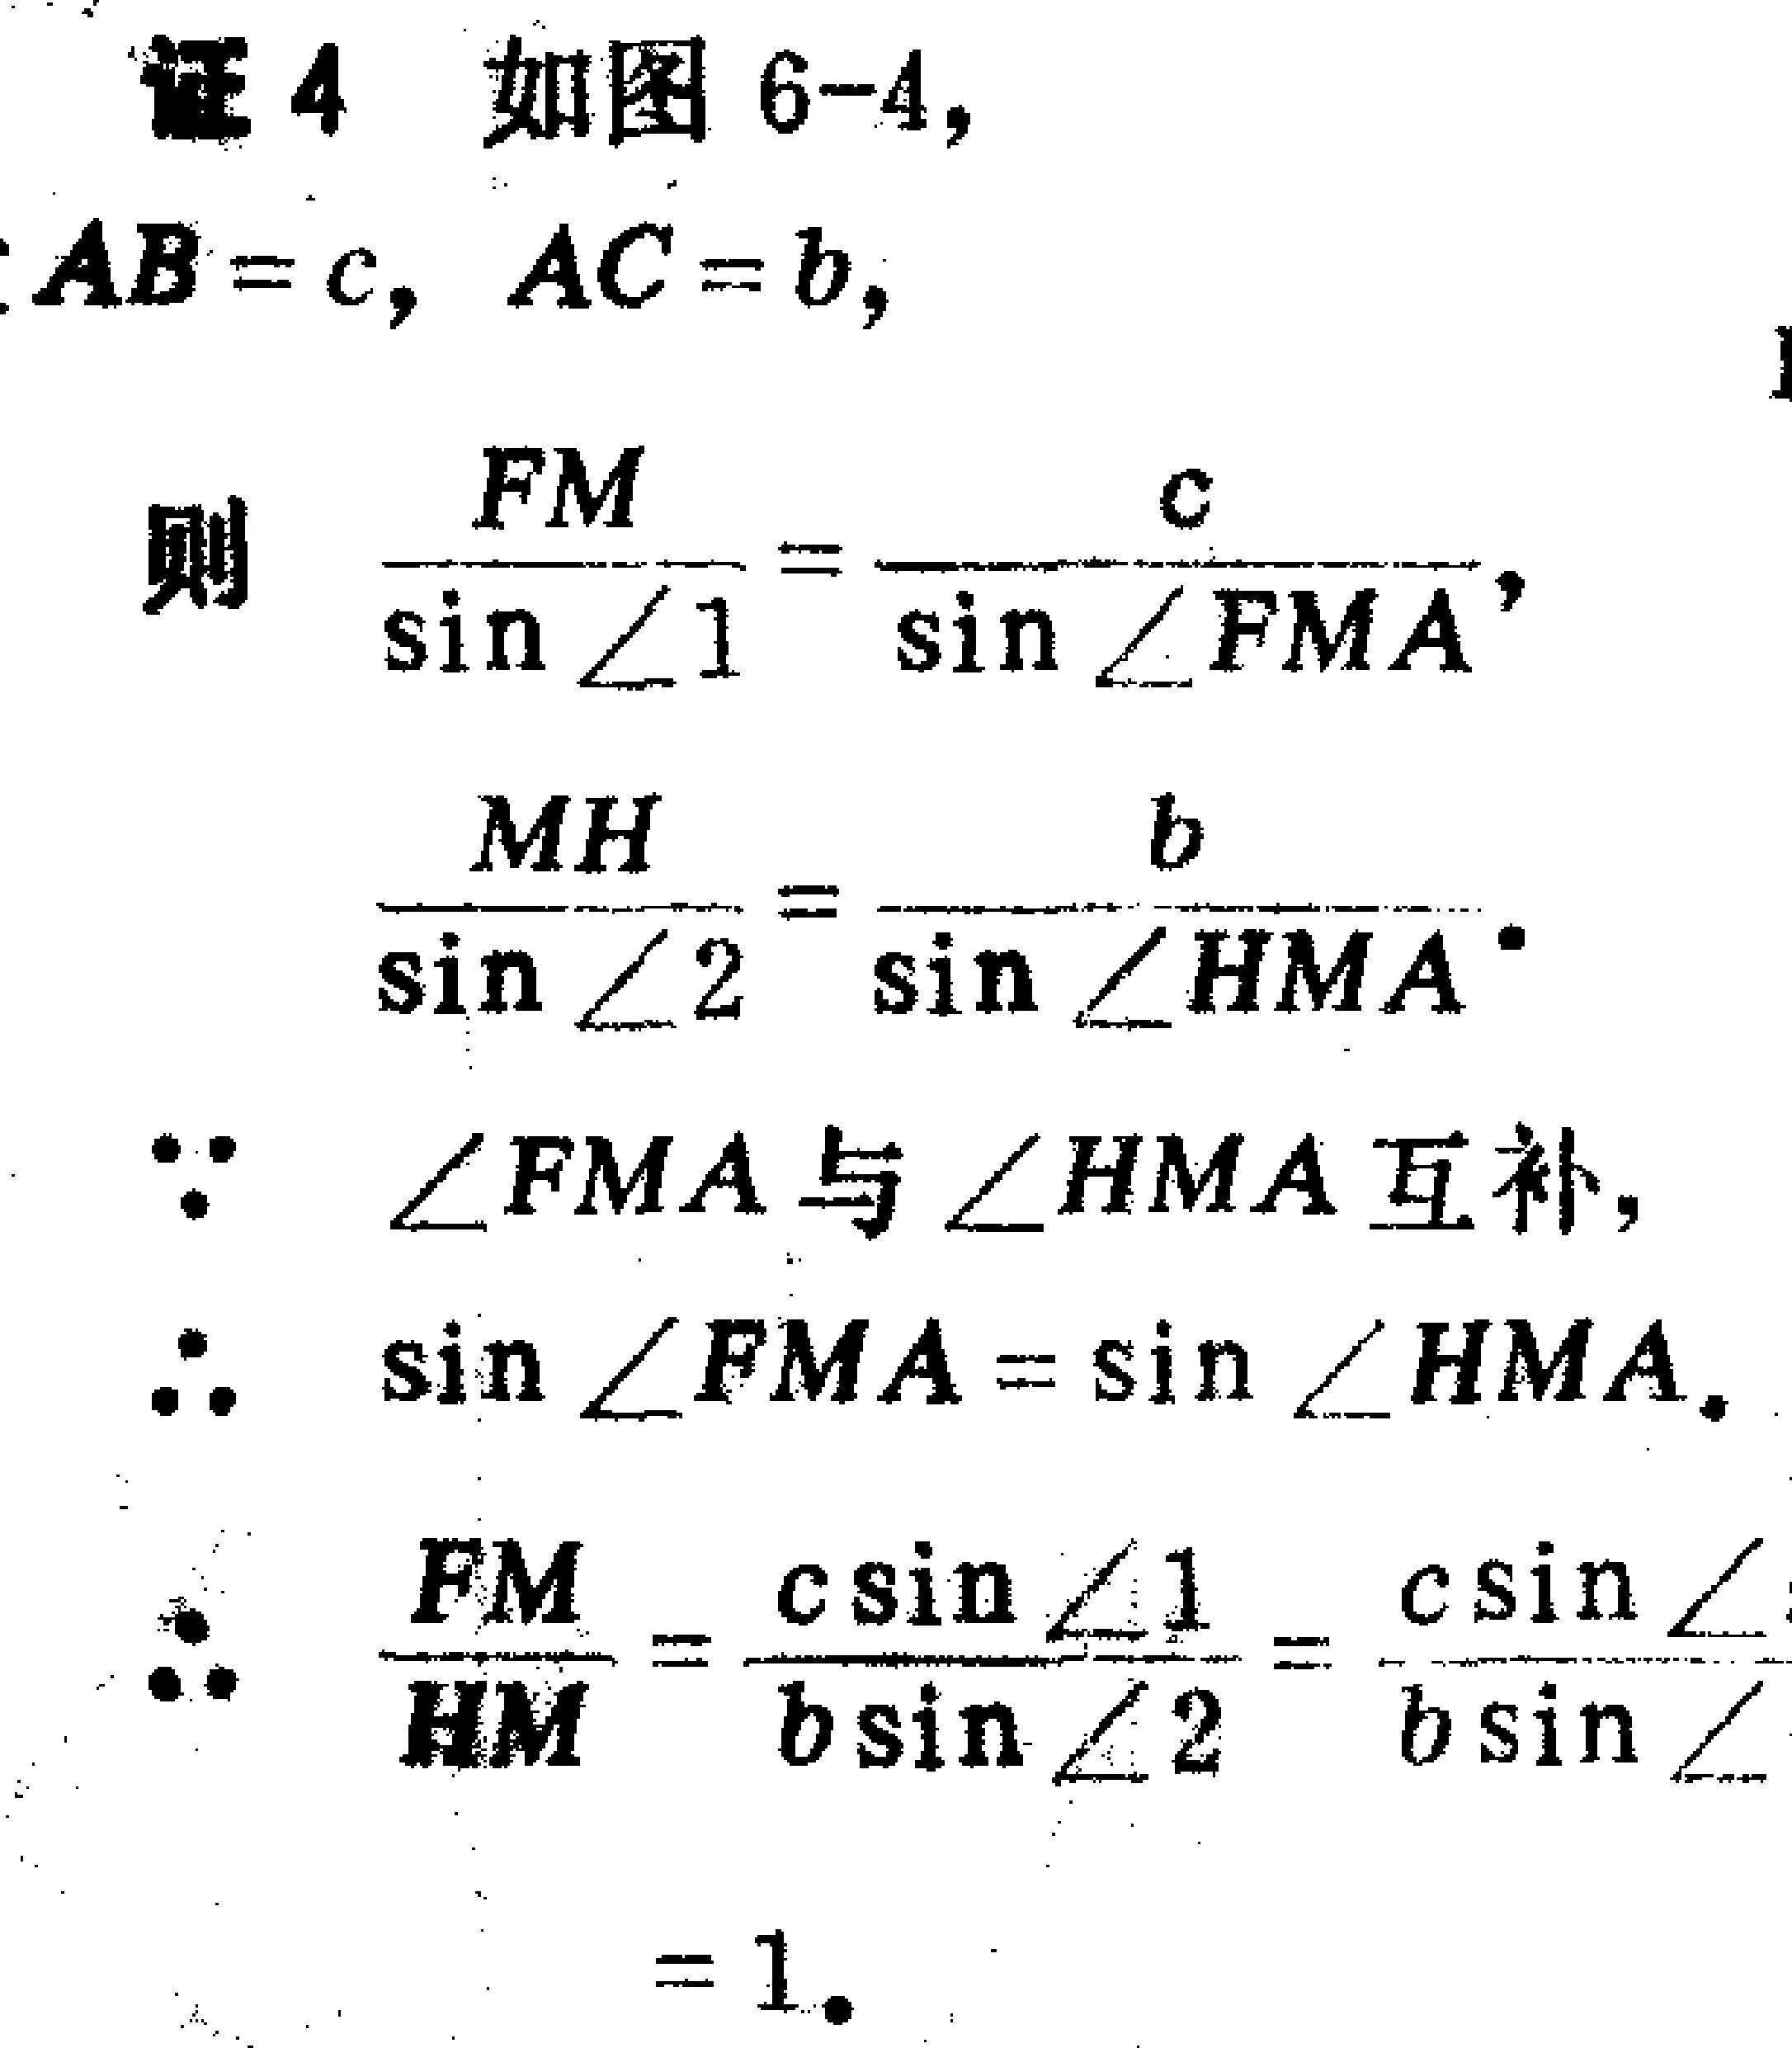
证4 如图6-4,
\(AB = c\), \(AC = b\),
则 \(\frac{FM}{\sin\angle1}=\frac{c}{\sin\angle FMA}\),
\(\frac{MH}{\sin\angle2}=\frac{b}{\sin\angle HMA}\).
\(\because\) \(\angle FMA\)与\(\angle HMA\)互补,
\(\therefore\) \(\sin\angle FMA=\sin\angle HMA\).
\(\therefore\) \(\frac{FM}{HM}=\frac{c\sin\angle1}{b\sin\angle2}=\frac{c\sin\angle}{b\sin\angle}\)
\(= 1\).